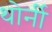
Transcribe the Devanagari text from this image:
थोर्नी